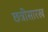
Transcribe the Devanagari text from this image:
छत्रीसारख